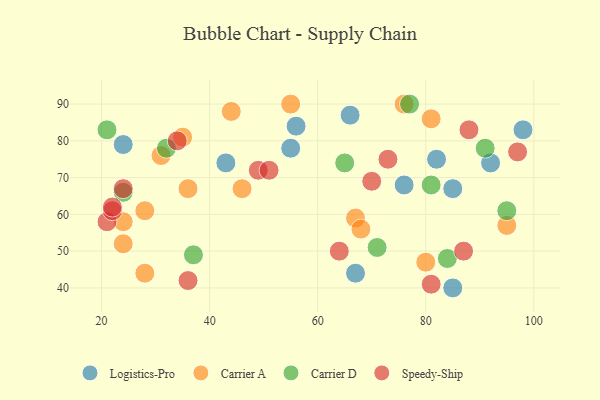
{"axis": {"x": "GDP", "y": "Life Expectancy"}, "legend": ["Carrier A", "Carrier D", "Logistics-Pro", "Speedy-Ship"], "data": [{"x": "43", "y": 74, "type": "Logistics-Pro"}, {"x": "67", "y": 44, "type": "Logistics-Pro"}, {"x": "55", "y": 78, "type": "Logistics-Pro"}, {"x": "92", "y": 74, "type": "Logistics-Pro"}, {"x": "56", "y": 84, "type": "Logistics-Pro"}, {"x": "82", "y": 75, "type": "Logistics-Pro"}, {"x": "85", "y": 67, "type": "Logistics-Pro"}, {"x": "98", "y": 83, "type": "Logistics-Pro"}, {"x": "66", "y": 87, "type": "Logistics-Pro"}, {"x": "76", "y": 68, "type": "Logistics-Pro"}, {"x": "24", "y": 79, "type": "Logistics-Pro"}, {"x": "85", "y": 40, "type": "Logistics-Pro"}, {"x": "81", "y": 86, "type": "Carrier A"}, {"x": "31", "y": 76, "type": "Carrier A"}, {"x": "55", "y": 90, "type": "Carrier A"}, {"x": "46", "y": 67, "type": "Carrier A"}, {"x": "67", "y": 59, "type": "Carrier A"}, {"x": "95", "y": 57, "type": "Carrier A"}, {"x": "36", "y": 67, "type": "Carrier A"}, {"x": "28", "y": 61, "type": "Carrier A"}, {"x": "28", "y": 44, "type": "Carrier A"}, {"x": "24", "y": 58, "type": "Carrier A"}, {"x": "80", "y": 47, "type": "Carrier A"}, {"x": "24", "y": 52, "type": "Carrier A"}, {"x": "35", "y": 81, "type": "Carrier A"}, {"x": "76", "y": 90, "type": "Carrier A"}, {"x": "44", "y": 88, "type": "Carrier A"}, {"x": "68", "y": 56, "type": "Carrier A"}, {"x": "71", "y": 51, "type": "Carrier D"}, {"x": "91", "y": 78, "type": "Carrier D"}, {"x": "81", "y": 68, "type": "Carrier D"}, {"x": "95", "y": 61, "type": "Carrier D"}, {"x": "37", "y": 49, "type": "Carrier D"}, {"x": "84", "y": 48, "type": "Carrier D"}, {"x": "24", "y": 66, "type": "Carrier D"}, {"x": "32", "y": 78, "type": "Carrier D"}, {"x": "21", "y": 83, "type": "Carrier D"}, {"x": "77", "y": 90, "type": "Carrier D"}, {"x": "65", "y": 74, "type": "Carrier D"}, {"x": "24", "y": 67, "type": "Speedy-Ship"}, {"x": "21", "y": 58, "type": "Speedy-Ship"}, {"x": "36", "y": 42, "type": "Speedy-Ship"}, {"x": "64", "y": 50, "type": "Speedy-Ship"}, {"x": "22", "y": 61, "type": "Speedy-Ship"}, {"x": "49", "y": 72, "type": "Speedy-Ship"}, {"x": "34", "y": 80, "type": "Speedy-Ship"}, {"x": "87", "y": 50, "type": "Speedy-Ship"}, {"x": "81", "y": 41, "type": "Speedy-Ship"}, {"x": "88", "y": 83, "type": "Speedy-Ship"}, {"x": "22", "y": 62, "type": "Speedy-Ship"}, {"x": "70", "y": 69, "type": "Speedy-Ship"}, {"x": "97", "y": 77, "type": "Speedy-Ship"}, {"x": "73", "y": 75, "type": "Speedy-Ship"}, {"x": "51", "y": 72, "type": "Speedy-Ship"}]}